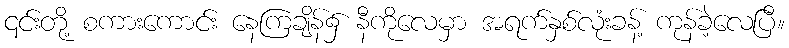
၎င်းတို့ စကားကောင်း နေကြချိန်၌ နီကိုလေမှာ အရက်နှစ်လုံးခန့် ကုန်ခဲ့လေပြီ။